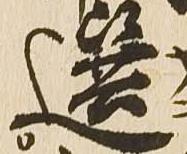
選